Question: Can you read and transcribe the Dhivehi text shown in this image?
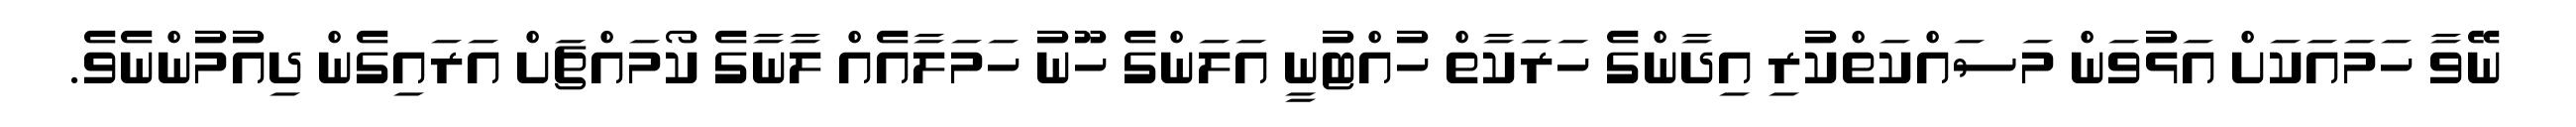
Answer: ނޭވާ ހަމައަކަށް އަޅުވަން މަސައްކަތްކުރި އިދާންގެ ހަރަކާތް ހުއްޓުނީ އަލަންގެ ހޫނު ހަމަލާއެއް ލާނާގެ ކޯމައްޗަށް އަރައިގެން ދިއުމުންނެވެ.